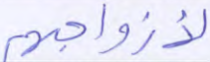
لأزواجهم